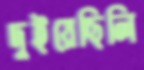
দুইয়েছিলি